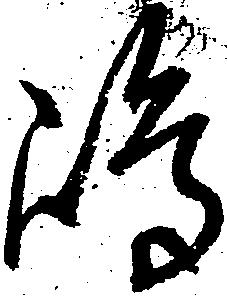
嶋